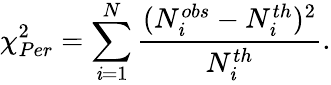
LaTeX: \chi_{Per}^{2}=\sum_{\mathit{i}=1}^{N}\frac{{(N_{\mathit{i}}^{obs}-N_{\mathit{i}}^{th})^{2}}}{{N_{\mathit{i}}^{th}}}.